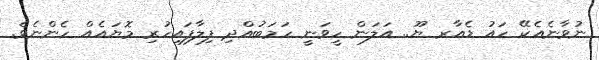
ނުވާނެއެކޭ ހައު ޑެއާރ ޔޫ.. އަލަން ހީވަނީ ހަމަބުއްދި ފިލާފައިހުރި މޮޔައެއް ހެންނެވެ.